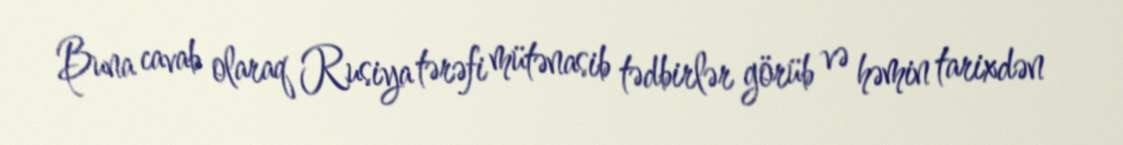
Buna cavab olaraq Rusiya tərəfi mütənasib tədbirlər görüb və həmin tarixdən